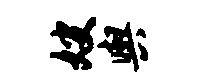
嫂舆